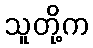
သူတို့က